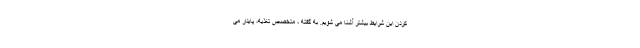
کردن این شرایط بیشتر آشنا می شویم. به گفته ، متخصص تغذیه، پایدار می